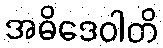
အဓိဒေဝါတိ